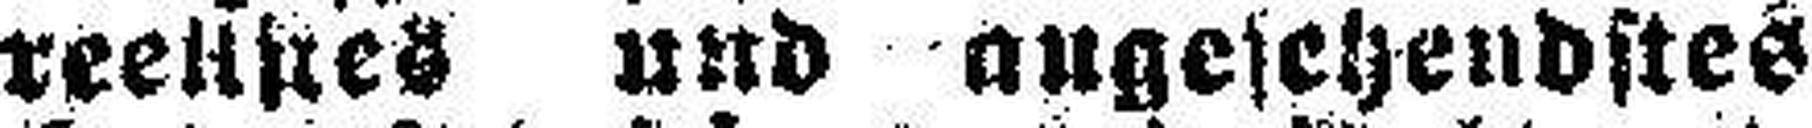
reelltres und angesehendstes